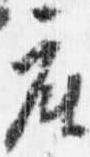
座